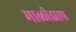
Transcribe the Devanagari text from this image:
माळीझाप